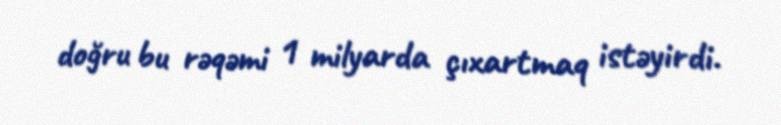
doğru bu rəqəmi 1 milyarda çıxartmaq istəyirdi.